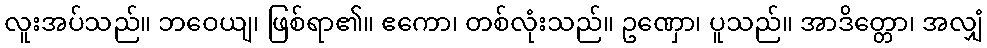
လူးအပ်သည်။ ဘဝေယျ၊ ဖြစ်ရာ၏။ ဧကော၊ တစ်လုံးသည်။ ဥဏှော၊ ပူသည်။ အာဒိတ္တော၊ အလျှံ